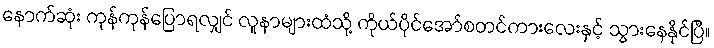
နောက်ဆုံး ကုန်ကုန်ပြောရလျှင် လူနာများထံသို့ ကိုယ်ပိုင်အော်စတင်ကားလေးနှင့် သွားနေနိုင်ပြီ။